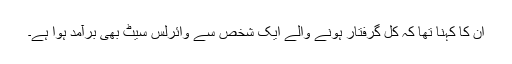
ان کا کہنا تھا کہ کل گرفتار ہونے والے ایک شخص سے وائرلس سیٹ بھی برآمد ہوا ہے۔